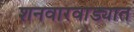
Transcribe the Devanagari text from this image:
शनवारवाड्यात